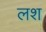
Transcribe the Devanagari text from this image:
लश